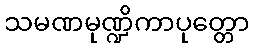
သမဏမုဏ္ဍိကာပုတ္တော